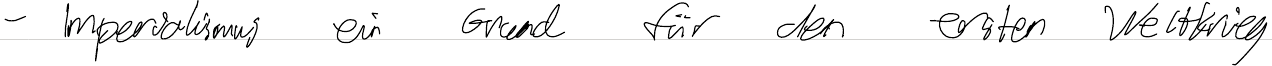
- Imperialismus ein Grund für den ersten Weltkrieg